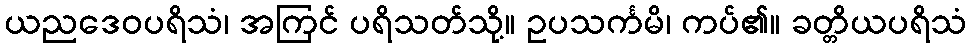
ယညဒေဝပရိသံ၊ အကြင် ပရိသတ်သို့။ ဥပသင်္ကမိ၊ ကပ်၏။ ခတ္တိယပရိသံ